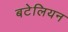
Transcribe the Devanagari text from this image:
बटेलियन